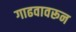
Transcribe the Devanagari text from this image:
गाढवावरून